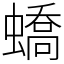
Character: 蟜